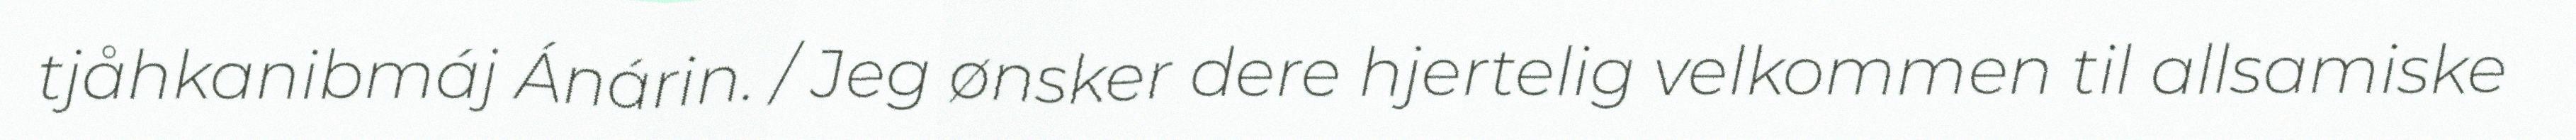
tjåhkanibmáj Ánárin. / Jeg ønsker dere hjertelig velkommen til allsamiske